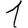
Digit: 1